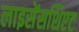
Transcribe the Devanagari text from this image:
लाइसेंसशिएट